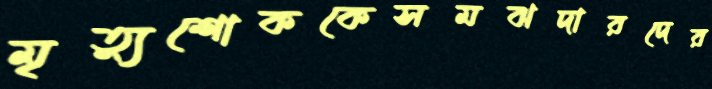
মৃত্যুশোককেসমঝদারদের